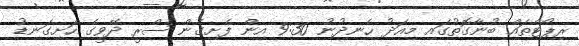
ރިޕޯޓްތައް ބުނާގޮތުގައި މިއަދު ހެނދުނު 9:30 އިން ފެށިގެން ސްރީ ދޭވީގެ ހަށިގަނޑު